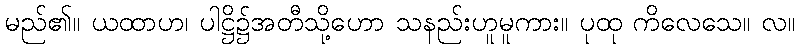
မည်၏။ ယထာဟ၊ ပါဋ္ဌိ၌အတီသို့ဟော သနည်းဟူမူကား။ ပုထု ကိလေသေ။ လ။